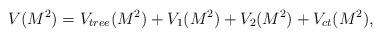
LaTeX: \begin{align*}V(M^{2})=V_{tree}(M^{2})+V_{1}(M^{2})+V_{2}(M^{2})+V_{ct}(M^{2}),\end{align*}